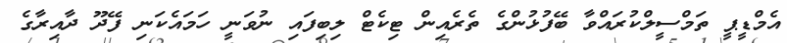
އެމްޑީޕީ ތަމްސީލްކުރައްވާ ބޭފުޅުންގެ ތެރެއިން ޓިކެޓް ލިބިފައި ނުވަނީ ހަމައެކަނި ފޭދޫ ދާއިރާގެ